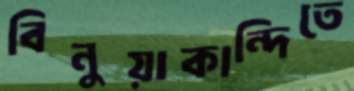
বিনুয়াকান্দিতে